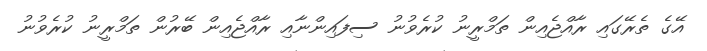
އޭގެ ތެރޭގައި ރާއްޖެއިން ތަމްރީނު ކުރެވުނު ސިފައިންނާއި ރާއްޖެއިން ބޭރުން ތަމްރީނު ކުރެވުނު